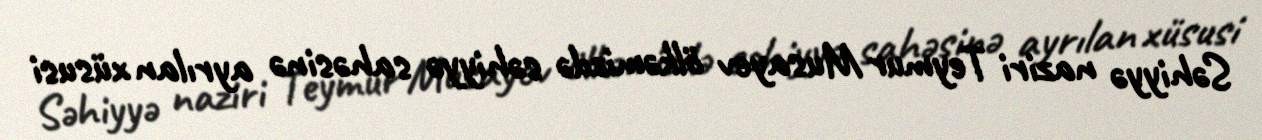
Səhiyyə naziri Teymur Musayev ölkəmizdə səhiyyə sahəsinə ayrılan xüsusi